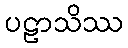
ပဠာသိဿ